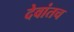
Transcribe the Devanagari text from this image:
देवांतच